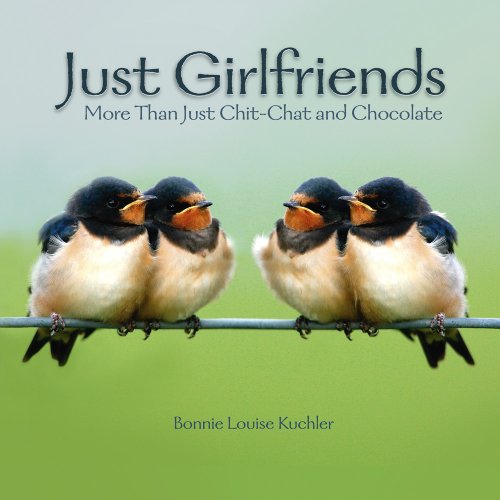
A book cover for Just Girlfriends: More Than Just Chit-Chat & Chocolate; Bonnie Louise Kuchler; Self-Help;